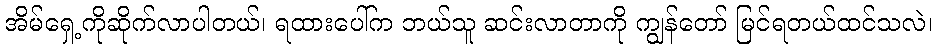
အိမ်ရှေ့ကိုဆိုက်လာပါတယ်၊ ရထားပေါ်က ဘယ်သူ ဆင်းလာတာကို ကျွန်တော် မြင်ရတယ်ထင်သလဲ၊